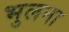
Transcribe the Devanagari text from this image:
भुलना